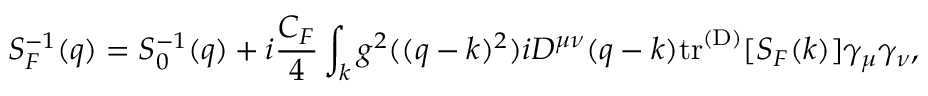
S _ { F } ^ { - 1 } ( q ) = S _ { 0 } ^ { - 1 } ( q ) + i \frac { C _ { F } } { 4 } \int _ { k } g ^ { 2 } ( ( q - k ) ^ { 2 } ) i D ^ { \mu \nu } ( q - k ) \mathrm { t r } ^ { \mathrm { ( D ) } } [ S _ { F } ( k ) ] \gamma _ { \mu } \gamma _ { \nu } ,